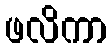
ဖလိကာ